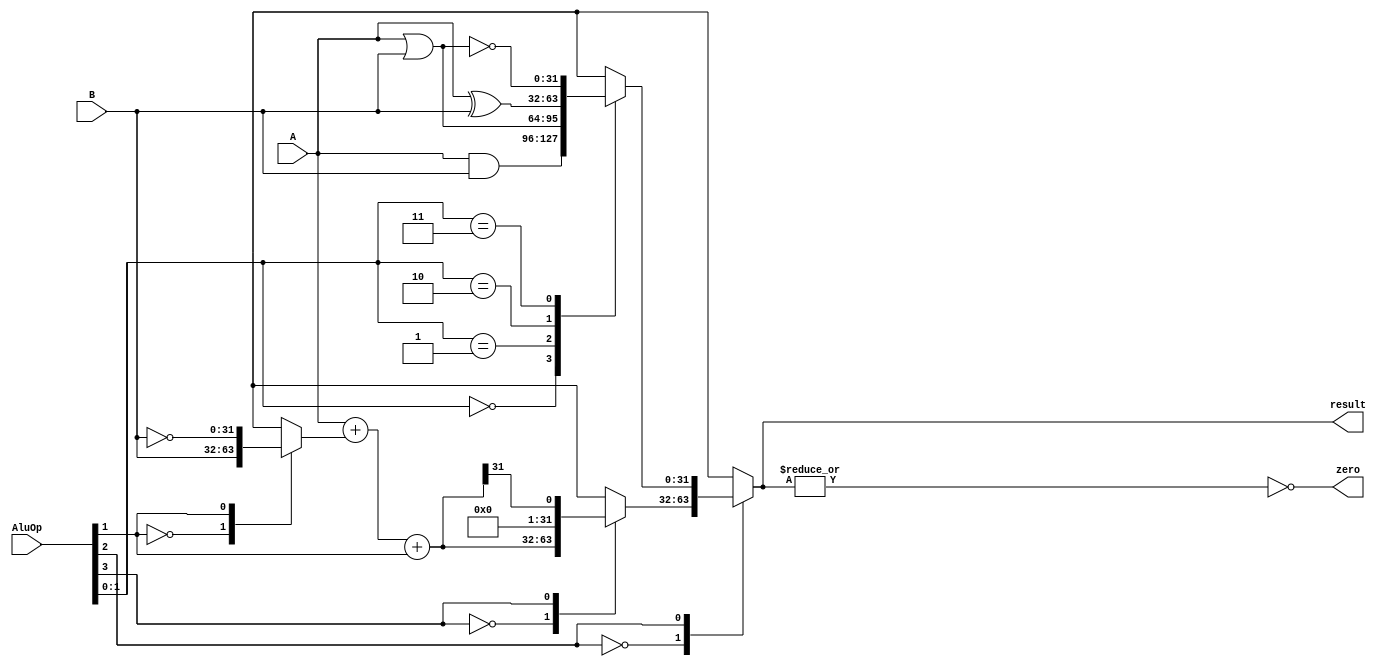
`timescale 1ns / 1ps
//////////////////////////////////////////////////////////////////////////////////
// Company: 
// Engineer: 
// 
// Design Name: 
// Module Name: ALU
// Project Name: 
// Target Devices: 
// Tool Versions: 
// Description: 
// 
// Dependencies: 
// 
// Revision:
// Revision 0.01 - File Created
// Additional Comments:
// 
//////////////////////////////////////////////////////////////////////////////////


module ALU(
    input [3:0] AluOp,
    input [31:0] A,
    input [31:0] B,
    output reg [31:0] result,
    output reg zero
    );
    
    wire [31:0] AandB;
    wire [31:0] AxorB;
    wire [31:0] AnorB;
    wire [31:0] AorB;
    reg [31:0] logicOut;
    reg [31:0] BB;
    reg [31:0] sum;
    reg [31:0] arithmeticOut;
    
    assign AandB = A & B;
    assign AxorB = A ^ B;
    assign AorB = A | B;
    assign AnorB = ~(A|B);
    
    //Logic Unit
    always@(*)
        case(AluOp[1:0])
            2'b00: logicOut = AandB;
            2'b01: logicOut = AorB;
            2'b10: logicOut = AxorB;
            2'b11: logicOut = AnorB;
        endcase 
        
    //Arithmetic Unit
    always@(*)
        begin
            case(AluOp[1])
                1'b0: BB = B;
                1'b1: BB = ~B;
            endcase
            sum = A + BB + AluOp[1];
        end
    always@(*)
        case(AluOp[3])
            1'b0: arithmeticOut = sum;
            1'b1: arithmeticOut = sum >> 31;    
        endcase
        
    always@(*)
        begin
            case(AluOp[2])
                1'b0: result = arithmeticOut;
                1'b1: result = logicOut;
            endcase
            zero = ~(|result);
        end
endmodule